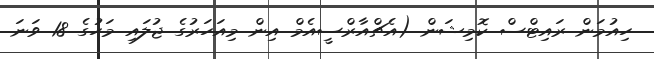
ހިއުމަން ރައިޓްސް ކޮމިޝަން (އެޗްއާރްސީއެމް އިން މިއަހަރުގެ ޖުލައި މަހުގެ 18 ވަނަ